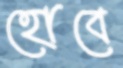
হোবে